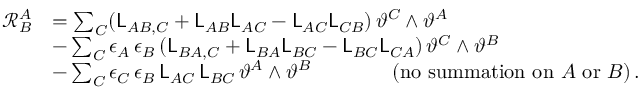
\begin{array} { r l } { \mathcal { R } ^ { A } _ { B } } & { = \sum _ { C } ( \mathsf { L } _ { A B , C } + \mathsf { L } _ { A B } \mathsf { L } _ { A C } - \mathsf { L } _ { A C } \mathsf { L } _ { C B } ) \, \vartheta ^ { C } \wedge \vartheta ^ { A } } \\ & { - \sum _ { C } \epsilon _ { A } \, \epsilon _ { B } \, ( \mathsf { L } _ { B A , C } + \mathsf { L } _ { B A } \mathsf { L } _ { B C } - \mathsf { L } _ { B C } \mathsf { L } _ { C A } ) \, \vartheta ^ { C } \wedge \vartheta ^ { B } } \\ & { - \sum _ { C } \epsilon _ { C } \, \epsilon _ { B } \, \mathsf { L } _ { A C } \, \mathsf { L } _ { B C } \, \vartheta ^ { A } \wedge \vartheta ^ { B } \qquad \qquad ( \mathrm { n o ~ s u m m a t i o n ~ o n } ~ A ~ \mathrm { o r } ~ B ) \, . } \end{array}